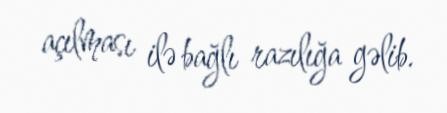
açılması ilə bağlı razılığa gəlib.